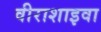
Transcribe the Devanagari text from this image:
वीराशाइवा